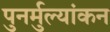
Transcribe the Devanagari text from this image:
पुनर्मुल्यांकन